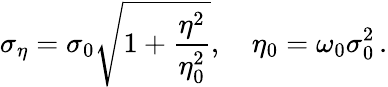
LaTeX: \sigma_{\eta}=\sigma_{0}\sqrt{1+\frac{\eta^{2}}{\eta_{0}^{2}}},\quad\eta_{0}=\omega_{0}\sigma_{0}^{2}\, .